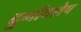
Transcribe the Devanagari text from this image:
दुर्गावशेष